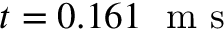
t = 0 . 1 6 1 \ \mathrm { ~ m ~ s ~ }